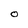
Character: O